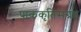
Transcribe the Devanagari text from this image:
पाककृतिसंग्रह